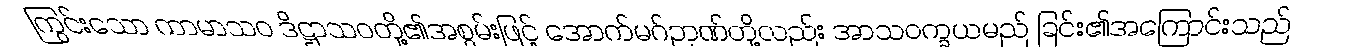
ကြွင်းသော ကာမာသဝ ဒိဋ္ဌာသဝတို့၏အစွမ်းဖြင့် အောက်မဂ်ဉာဏ်တို့လည်း အာသဝက္ခယမည် ခြင်း၏အကြောင်းသည်